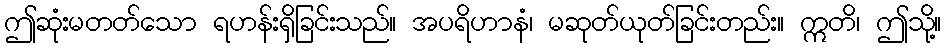
ဤဆုံးမတတ်သော ရဟန်းရှိခြင်းသည်။ အပရိဟာနံ၊ မဆုတ်ယုတ်ခြင်းတည်း။ ဣတိ၊ ဤသို့။